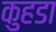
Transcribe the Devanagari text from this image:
कुहडा